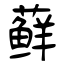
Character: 藓